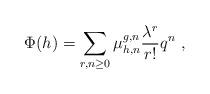
LaTeX: \begin{align*}\Phi (h) = \sum_{r,n\geq 0} \mu^{g,n}_{h,n} \frac{\lambda^r}{r!} q^n \ ,\end{align*}